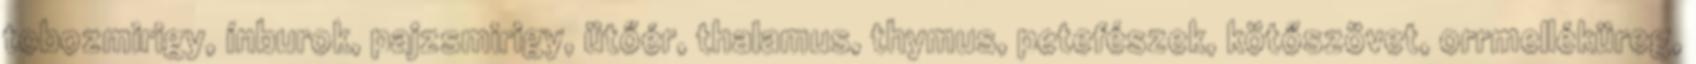
tobozmirigy, ínburok, pajzsmirigy, ütőér, thalamus, thymus, petefészek, kötőszövet, orrmelléküreg,